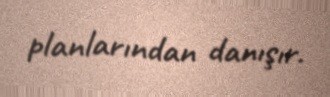
planlarından danışır.